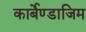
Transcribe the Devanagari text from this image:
कार्बेण्डाजिम